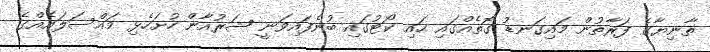
ތާނިޔާގެ ފަރާތުން މައިގަނޑު ގޮތެއްގައި ހައި ކޯޓުގައި ބުނެފައިވަނީ ޝަރުއާން ހުށަހެޅި މައްސަލައެއްގެ